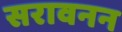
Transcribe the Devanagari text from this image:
सरावनन